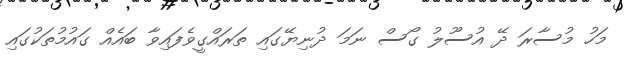
މަހު މުސާރަ ދޭ އުސޫލު ގޯސް ނަމަ ދުނިޔޭގައި ތަރައްގީވެފައިވާ ބައެއް ގައުމުތަކުގައި